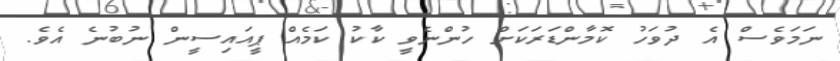
ނަމަވެސް އެ ދުވަހު ކޮމާންޑަރަކަށް ހުންނެވީ ކާކު ކަމެއް ޕީއައިސީން ނުބުނެ އެވެ.